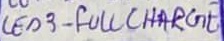
Text: LED3 - FULL CHARGE